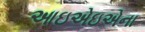
આઇએઇએના